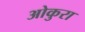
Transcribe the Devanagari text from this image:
ओकुरा